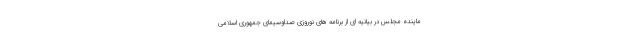
ماینده مجلس در بیانیه ای از برنامه های نوروزی صداوسیمای جمهوری اسلامی